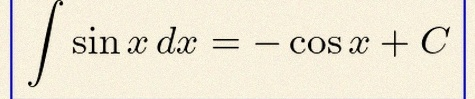
\int \sin x\,dx=-\cos x+C